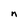
Character: n